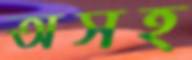
অসহ